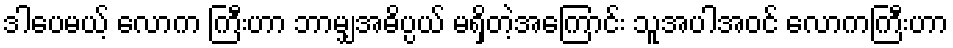
ဒါပေမယ့် လောက ကြီးဟာ ဘာမျှအဓိပ္ပယ် မရှိတဲ့အကြောင်း သူအပါအဝင် လောကကြီးဟာ